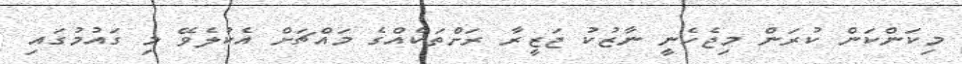
މިކަންކަން ކުރަން މިޖެހެނީ ނާޒުކު ޖަޒީރާ ރަށްތަކެއްގެ މައްޗަށް އެކުލެވޭ މި ގައުމުގައި